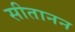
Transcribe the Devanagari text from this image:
सीतानन